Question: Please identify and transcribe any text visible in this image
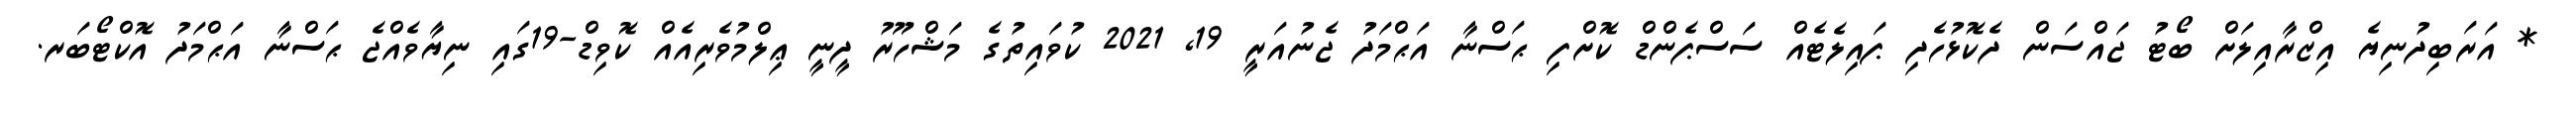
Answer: * އަރަބިދުނިޔެ އިޒްރާއިލަށް ބޯޓު ޖައްސަން ދެކޮޅުހެދި ޕައިލެޓެއް ސަސްޕެންޑް ކޮށްފި ޙަސްނާ އަޙްމަދު ޖެނުއަރީ 19, 2021 ކުވައިތުގެ މަޝްހޫރު ދީނީ ޢިލްމުވެރިއެއް ކޮވިޑް-19ގައި ނިޔާވެއްޖެ ޙަސްނާ އަޙްމަދު އޮކްޓޯބަރ.